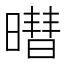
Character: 𬁓